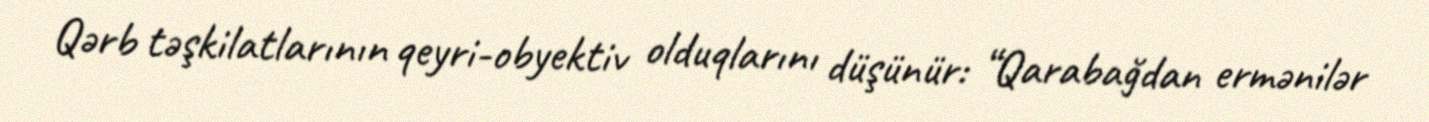
Qərb təşkilatlarının qeyri-obyektiv olduqlarını düşünür: “Qarabağdan ermənilər